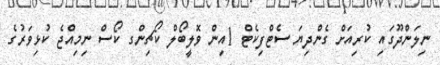
ނިލަންދޫގައި ކުރިއަށް ގެންދިޔަ ސެޓްފިކެޓް 1އިން ވޮލީބޯލް ކޯޗިންގ ކޯސް ނިމިއްޖެ ކުޅިވަރުގެ